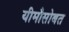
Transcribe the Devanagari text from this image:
यीमौसोबत